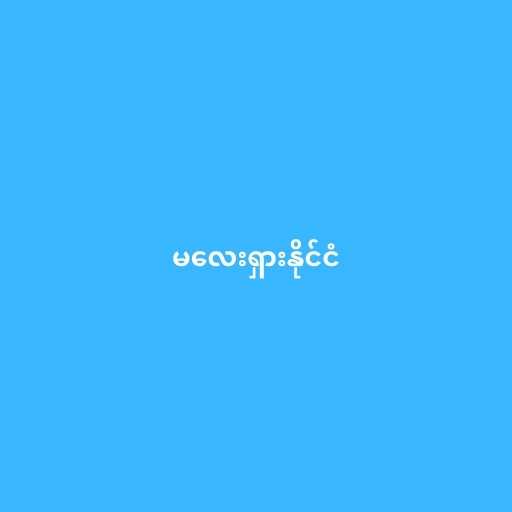
မလေးရှားနိုင်ငံ